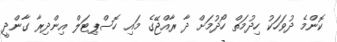
ކޮންމެ ދުވަހަކު ހިދުމަތް ހޯދުމަށް ދާ ރާއްޖޭގެ މައި ހޮސްޕިޓަލް އިންދިރާ ގާންދީ